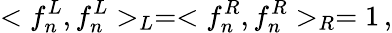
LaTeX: <f_{n}^{L},f_{n}^{L}>_{L}=<f_{n}^{R},f_{n}^{R}>_{R}=1\, ,